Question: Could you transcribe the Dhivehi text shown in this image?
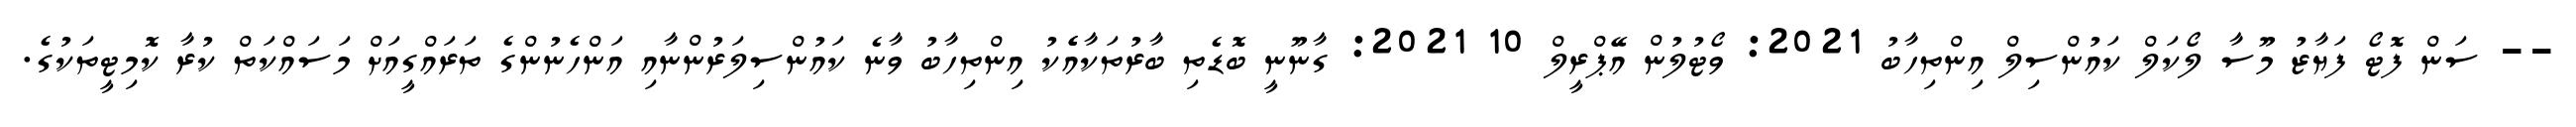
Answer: -- ސަން ފޮޓޯ ފަޔާޒު މޫސާ ލޯކަލް ކައުންސިލް އިންތިހާބު 2021: ވޯޓުލުން އޭޕްރީލް 10 2021: ގާނޫނީ ބޮޑެތި ބާރުތަކާއެެކު އިންތިހާބު ވާނެ ކައުންސިލަރުންނާއި އަންހެނުންގެ ތަރައްގީއަށް މަސައްކަތް ކުރާ ކޮމިޓީތަކުގެ.